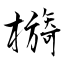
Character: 檹